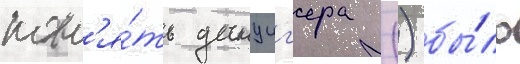
пон'я́ть данциг'ера () бы́ло